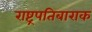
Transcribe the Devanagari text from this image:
राष्ट्रपतिबाराक